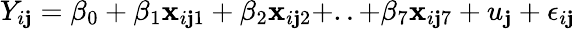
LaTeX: Y_{i\mathbf{j}}=\beta_{0}+\beta_{1}\mathbf{x}_{i\mathbf{j}1}+\beta_{2}\mathbf{x}_{i\mathbf{j}2}+..+\beta_{7}\mathbf{x}_{i\mathbf{j}7}+u_{\mathbf{j}}+\epsilon_{i\mathbf{j}}